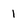
Character: 1